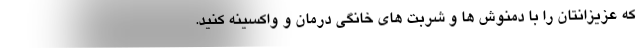
که عزیزانتان را با دمنوش ها و شربت های خانگی درمان و واکسینه کنید.